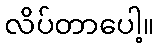
လိပ်တာပေါ့။